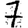
Digit: 7